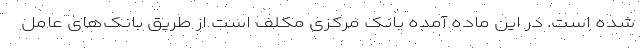
شده است. در این ماده آمده بانک مرکزی مکلف است از طریق بانک‌های عامل